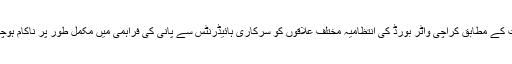
تفصیلات کے مطابق کراچی واٹر بورڈ کی انتظامیہ مختلف علاقوں کو سرکاری ہائیڈرنٹس سے پانی کی فراہمی میں مکمل طور پر ناکام ہوچکی ہے۔